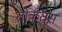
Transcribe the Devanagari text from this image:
तोर्कुंतुस